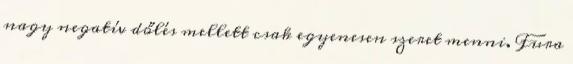
nagy negatív dőlés mellett csak egyenesen szeret menni. Fura